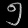
Digit: ၅